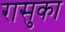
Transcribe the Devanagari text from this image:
रासुका